Mental hospitals Bombay report 1929-33 - 1929-1933
Year: 1929
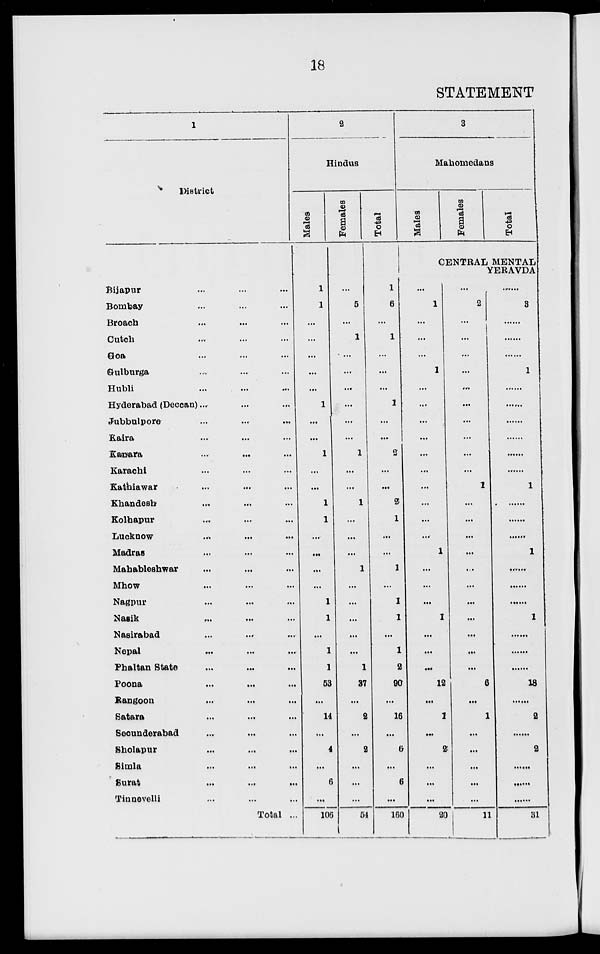
18
STATEMENT
1
District
Bijapur ... ... ...
Bombay ... ... ...
Broach ... ... ...
Cutch ... ... ...
Goa ... ... ...
Gulburga ... ... ...
Hubli ... ... ...
Hyderabad (Deccan) ... ... ...
Jubbulpore ... ... ...
Kaira ... ... ...
Kanara ... ... ...
Karachi ... ... ...
Kathiawar ... ... ...
Khandesh ... ... ...
Kolhapur
...
...
...
Lucknow
...
...
...
Madras ... ... ...
Mahableshwar ... ... ...
Mhow ... ... ...
Nagpur ... ... ...
Nasik ... ... ...
Nasirabad ... ... ...
Nepal ... ... ...
Phaltan State ... ... ...
Poona
...
...
...
Rangoon ... ... ...
Satara ... ... ...
Secunderabad ... ... ...
Sholapur ... ... ...
Simla ... ... ...
Surat ... ... ...
Tinnevelli ... ... ...
Total ...
2
Hindus
Males
1
1
...
...
...
...
...
1
...
...
1
...
...
1
1
...
...
...
...
1
1
...
1
1
53
...
14
...
4
...
6
...
106
Females
...
5
...
1
...
...
...
...
...
...
1
...
...
1
...
...
...
1
...
...
...
...
...
1
37
...
2
...
2
...
...
...
54
Total
1
6
...
1
...
...
...
1
...
...
2
...
...
2
1
...
...
1
...
1
1
...
1
2
90
...
16
...
6
...
6
...
160
3
Mahomedans
Males
Females
Total
CENTRAL MENTAL
YERAVDA
...
1
...
...
...
1
...
...
...
...
...
...
...
...
...
...
1
...
...
...
1
...
...
...
12
...
1
...
2
...
...
...
20
...
2
...
...
...
...
...
...
...
...
...
...
1
...
...
...
...
...
...
...
...
...
...
...
6
...
1
...
...
...
...
...
11
......
3
......
......
......
1
......
......
......
......
......
1
......
......
......
1
......
......
......
1
......
......
......
18
......
2
......
2
......
......
......
31